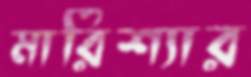
মারিশ্যার